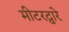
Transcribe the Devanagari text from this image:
मीटरद्वारे